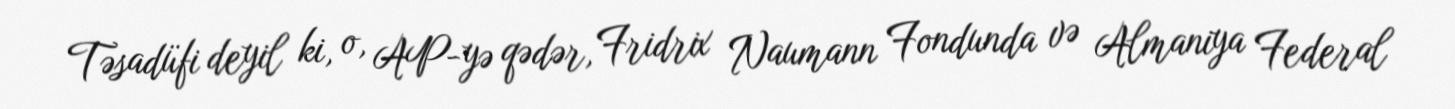
Təsadüfi deyil ki, o, AP-yə qədər, Fridrix Naumann Fondunda və Almaniya Federal